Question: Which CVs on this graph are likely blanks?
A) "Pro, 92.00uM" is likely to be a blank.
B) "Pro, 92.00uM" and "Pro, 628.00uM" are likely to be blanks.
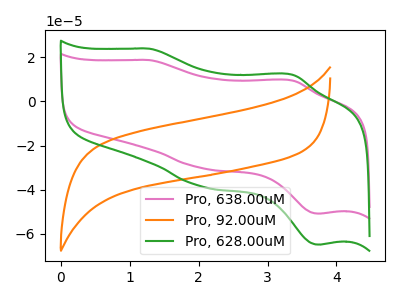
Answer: <think>The pink curve "Pro, 638.00uM" has anodic peaks at (1.30V, 18.70uA) (3.35V, 9.40uA) and cathodic peaks at (2.05V, -30.20uA) (3.75V, -50.80uA). The orange curve "Pro, 92.00uM" has no peaks. The green curve "Pro, 628.00uM" has anodic peaks at (1.30V, 23.85uA) (3.35V, 12.00uA) and cathodic peaks at (2.05V, -38.55uA) (3.75V, -64.80uA).</think>
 <answer>A) "Pro, 92.00uM" is likely to be a blank.</answer>
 <eval>A</eval>